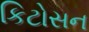
કિટોસન